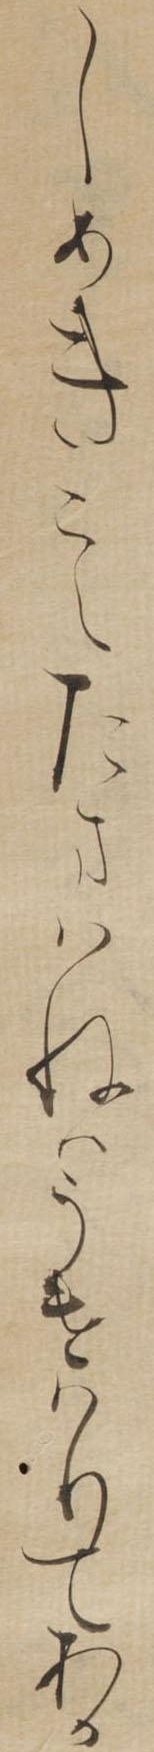
しめきこえたまはねはうけはりてあか